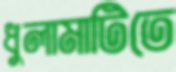
ধুলামাটিতে